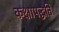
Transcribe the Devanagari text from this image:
कक्षापद्धति